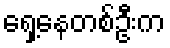
ရှေ့နေတစ်ဦးက